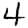
Digit: 4